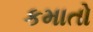
કમાતો